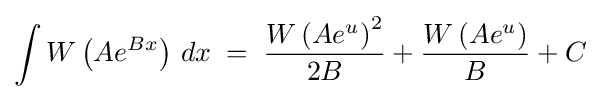
\int W\left(Ae^{Bx}\right)\,dx\;=\;{\frac {W\left(Ae^{u}\right)^{2}}{2B}}+{\frac {W\left(Ae^{u}\right)}{B}}+C